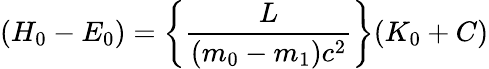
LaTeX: (H_{0}-E_{0})=\left\{ \frac{L}{(m_{0}-m_{1})c^{2}}\right\} (K_{0}+C)